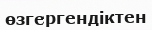
өзгергендіктен